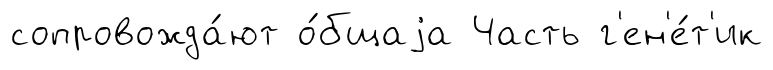
сопровожда́ют о́бщаjа Часть г'ен'е́т'ик